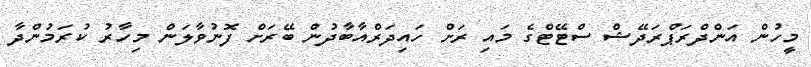
މީހުން އަންދްރަޕްރަދޭޝް ސްޓޭޓްގެ މައި ރަށް ހައިދަރްއާބާދުން ބޭރަށް ފޮނުވާލަން މިހާރު ކުރަމުންދާ